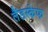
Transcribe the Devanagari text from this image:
लैंडस्केफ